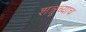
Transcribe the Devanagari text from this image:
शत्रूच्याच